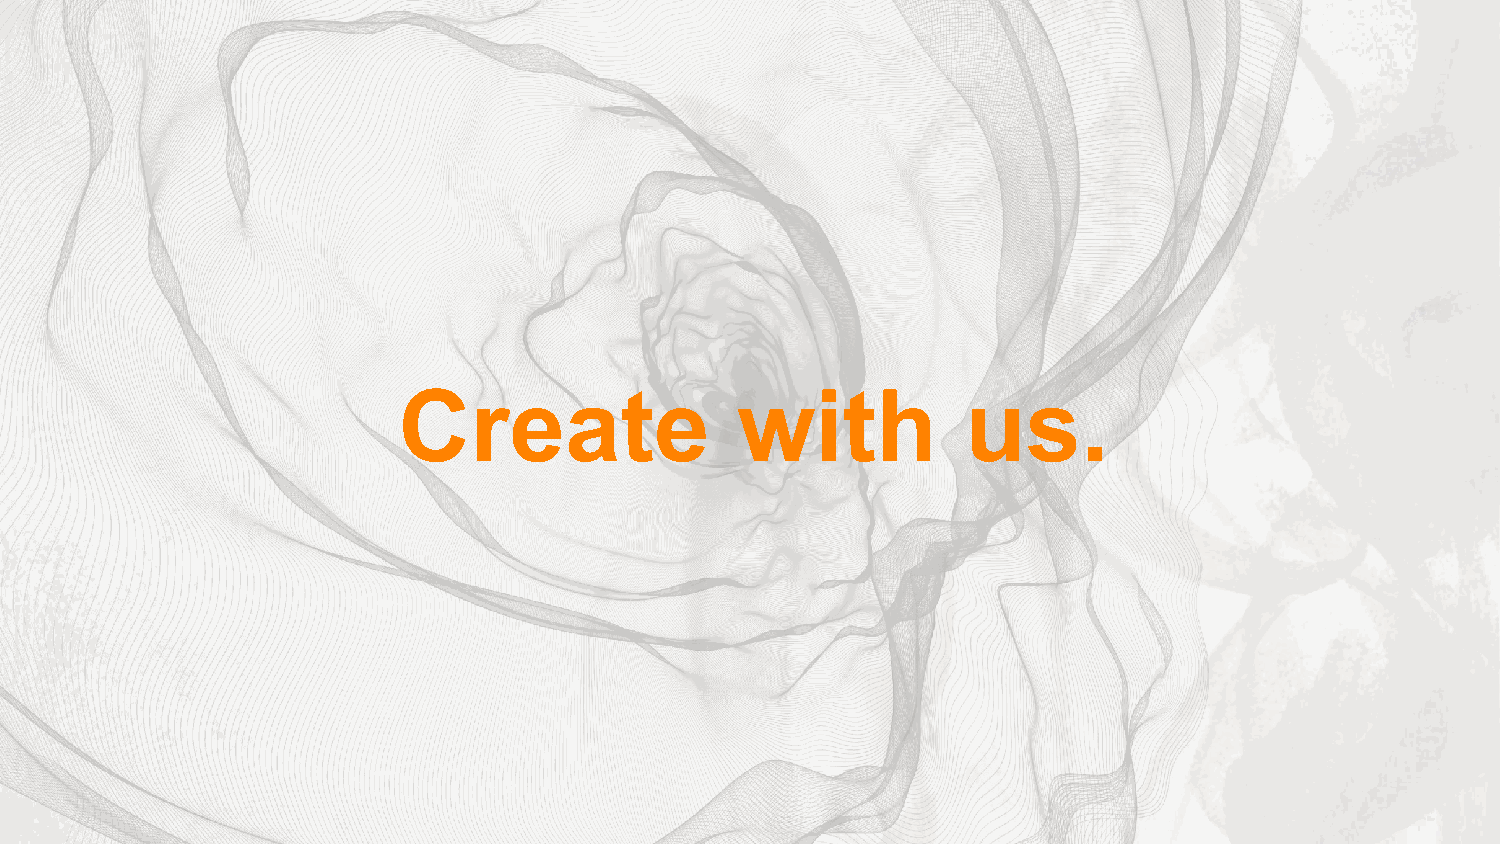
Create                 with           us.